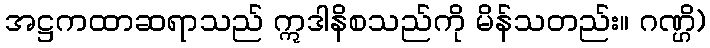
အဋ္ဌကထာဆရာသည် ဣဒါနိစသည်ကို မိန်သတည်း။ ဂဏ္ဌိ)